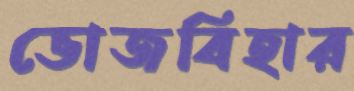
ভোজবিহার